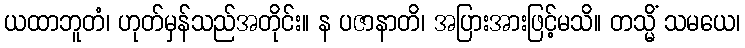
ယထာဘူတံ၊ ဟုတ်မှန်သည်အတိုင်း။ န ပဇာနာတိ၊ အပြားအားဖြင့်မသိ။ တသ္မိံ သမယေ၊